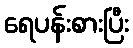
ရေပန်းစားပြီး